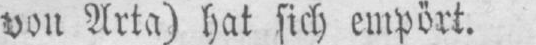
von Arta) hat sich empört.